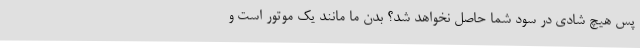
پس هیچ شادی در سود شما حاصل نخواهد شد؟ بدن ما مانند یک موتور است و